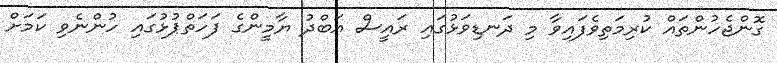
ގޮންޖެހުންތައް ކުރިމަތިވެފައިވާ މި ދަނޑިވަޅުގައި ރައީސް އަބްދު ޔާމީންގެ ފަހަތްޕުޅުގައި ހުންނެވި ކަމަށް